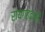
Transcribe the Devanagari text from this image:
रायगढ़वासी